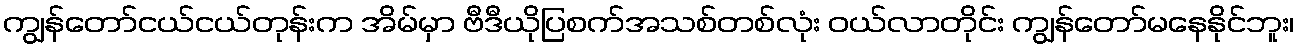
ကျွန်တော်ငယ်ငယ်တုန်းက အိမ်မှာ ဗီဒီယိုပြစက်အသစ်တစ်လုံး ဝယ်လာတိုင်း ကျွန်တော်မနေနိုင်ဘူး၊